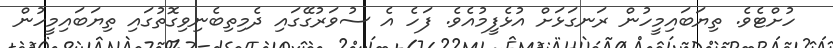
ހުށްޓެވެ. ތިޔަބައިމީހުން ރަނގަޅަށް އުޅެފީމުއެވެ. ފަހެ އެ ސުވަރުގޭގައި ދެމިތިބެނިވިގޮތުގައި ތިޔަބައިމީހުން